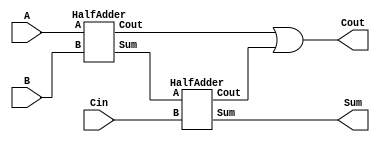
`timescale 1ns / 1ps
//////////////////////////////////////////////////////////////////////////////////
// 1-bit Full Adder
//
// by: Patrick Stockton
// 
//
//  
//////////////////////////////////////////////////////////////////////////////////

// 1-bit Full Adder using two half-adders
module full_adder (
	output Sum, Cout,
	input A, B, Cin);
    
    // Instantiated instances of HalfAdders to create 1-bit FullAdder
    HalfAdder HA0 (w1, w2, A, B);
    HalfAdder HA1 (Sum, w3, w1, Cin);
    or gate0 (Cout, w2, w3);

endmodule

// Half-Adder
module HalfAdder(
	output Sum, Cout,
	input A, B);
    
    xor (Sum, A, B);
    and (Cout, A, B);

endmodule